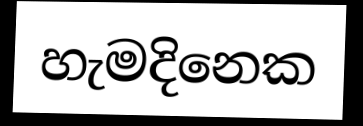
හැමදිනෙක